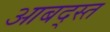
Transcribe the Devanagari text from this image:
आबद्स्त